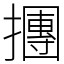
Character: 㩛